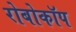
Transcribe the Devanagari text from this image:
रोबोकॉप